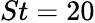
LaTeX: St=20